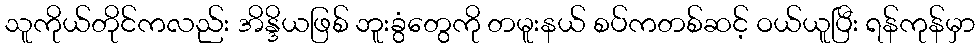
သူကိုယ်တိုင်ကလည်း အိန္ဒိယဖြစ် ဘူးခွံတွေကို တမူးနယ် စပ်ကတစ်ဆင့် ဝယ်ယူပြီး ရန်ကုန်မှာ